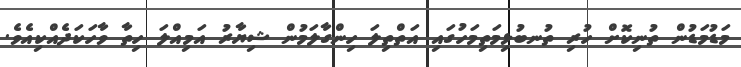
މަޑުމަޑުން ތުނިކޮށް ހުރި ތުނބުޅިމަތިމަހުގައި އަތްތިލަ ހިންގާލަމުން ޝިޔާރު އަމިއްލަ ހިތާ ވާހަކަދެއްކިއެވެ.